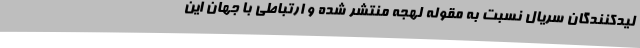
لیدکنندگان سریال نسبت به مقوله لهجه منتشر شده و ارتباطی با جهان این